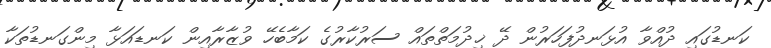
ކަނޑުގައި ދުއްވާ އުޅަނދުފަހަރުން ދޭ ޚިދުމަތްތައް ސަރުކާރުގެ ކަމާބެހޭ ވުޒާރާއިން ކަނޑައަޅާ މިންގަނޑުތަކާ